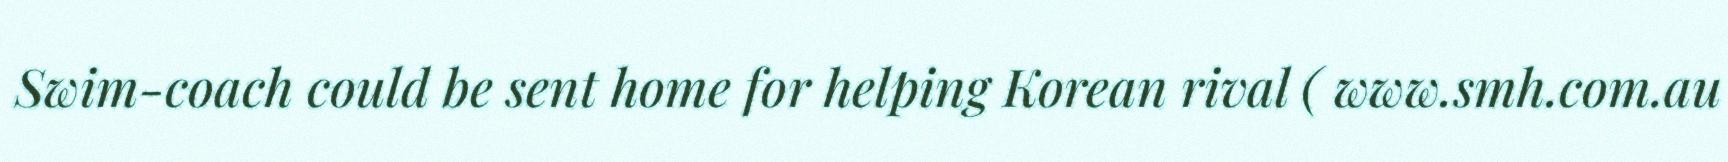
Swim-coach could be sent home for helping Korean rival ( www.smh.com.au